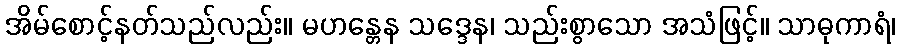
အိမ်စောင့်နတ်သည်လည်း။ မဟန္တေန သဒ္ဒေန၊ သည်းစွာသော အသံဖြင့်။ သာဓုကာရံ၊